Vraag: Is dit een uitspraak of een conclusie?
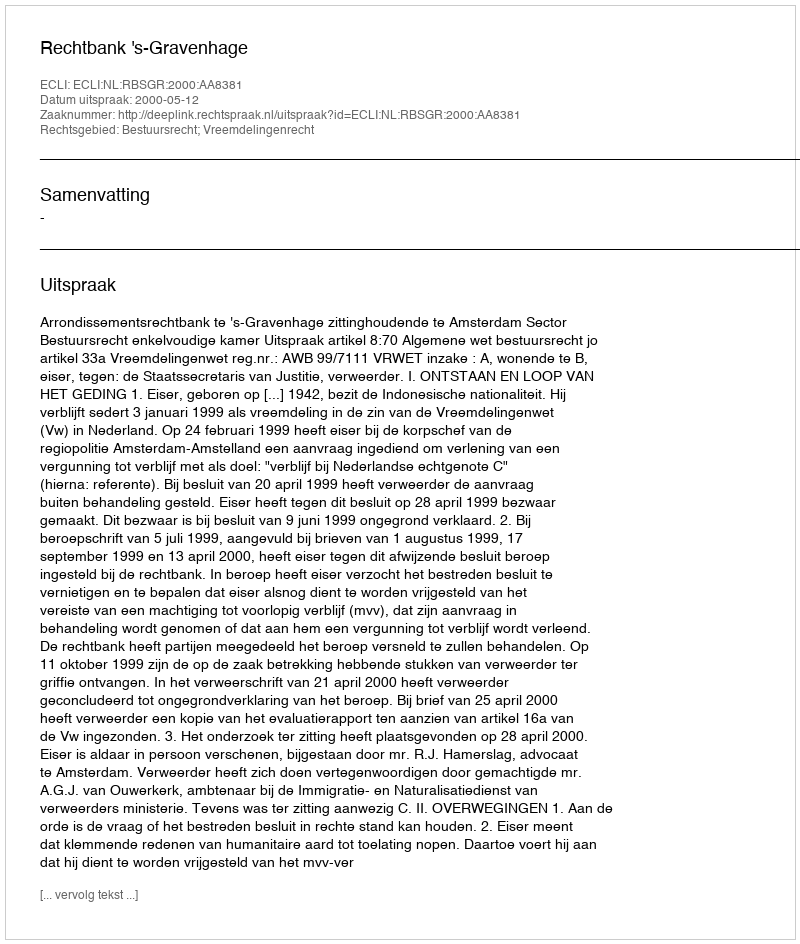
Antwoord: Uitspraak